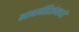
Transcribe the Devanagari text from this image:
भाषापंडितांमध्ये